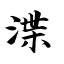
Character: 渫